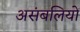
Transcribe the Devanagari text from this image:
असंबलियों